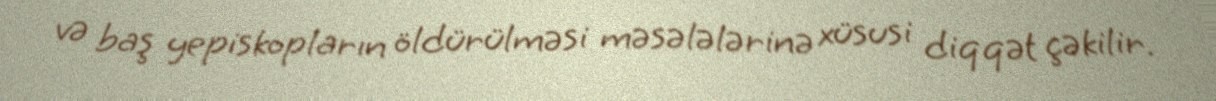
və baş yepiskopların öldürülməsi məsələlərinə xüsusi diqqət çəkilir.